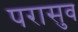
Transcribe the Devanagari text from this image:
परासुव